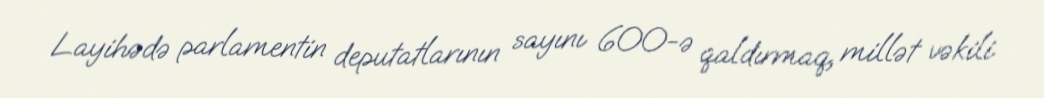
Layihədə parlamentin deputatlarının sayını 600-ə qaldırmaq, millət vəkili